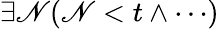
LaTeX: \exists\mathscr{N}(\mathscr{N}<t\land\cdots)